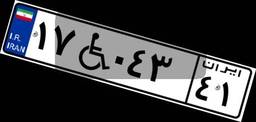
۱۷W۰۴۳۴۱